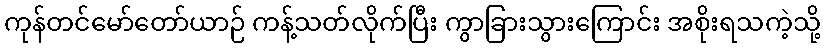
ကုန်တင်မော်တော်ယာဉ် ကန့်သတ်လိုက်ပြီး ကွာခြားသွားကြောင်း အစိုးရသကဲ့သို့